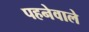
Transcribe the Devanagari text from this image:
पहनेवाले